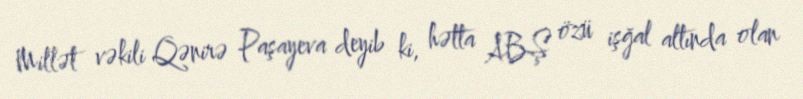
Millət vəkili Qənirə Paşayeva deyib ki, hətta ABŞ özü işğal altında olan